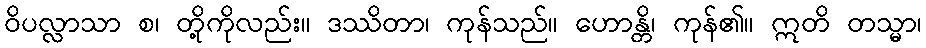
ဝိပလ္လာသာ စ၊ တို့ကိုလည်း။ ဒဿိတာ၊ ကုန်သည်။ ဟောန္တိ၊ ကုန်၏။ ဣတိ တသ္မာ၊